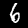
Label: 6